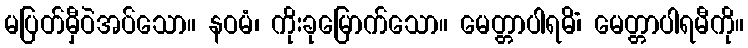
မပြတ်မှီဝဲအပ်သော။ နဝမံ၊ ကိုးခုမြောက်သော။ မေတ္တာပါရမိံ၊ မေတ္တာပါရမီကို။